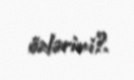
özlərini?.